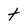
Character: t